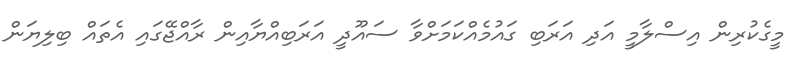
މީގެކުރިން އިސްލާމީ އަދި އަރަބި ގައުމެއްކަމަށްވާ ސައޫދީ އަރަބިއްޔާއިން ރާއްޖޭގައި އެތައް ބިލިޔަން